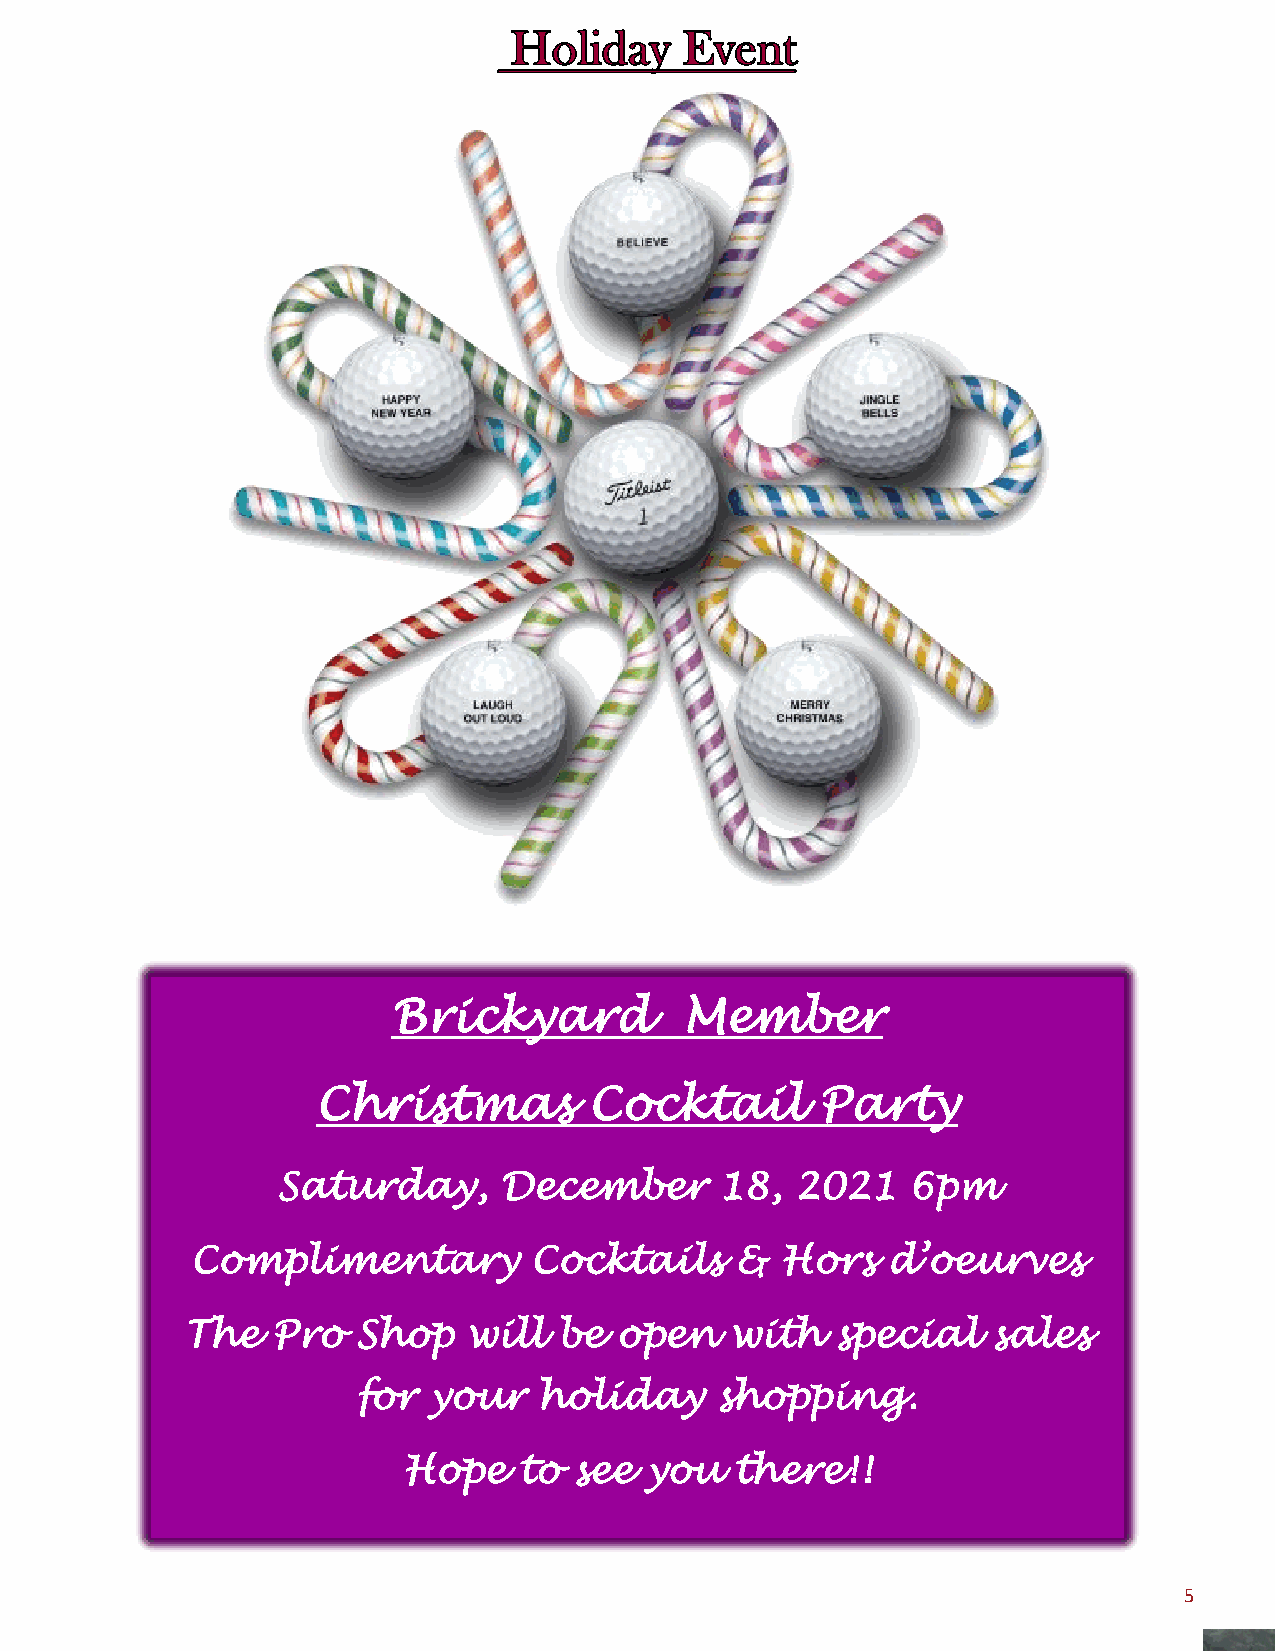
Brickyard          Member
 Christmas         Cocktail       Party
 Saturday,      December       18,  2021   6pm
 Complimentary         Cocktails     &  Hors   d’oeurves
 The   Pro   Shop   will  be  open   with   special    sales
 for your    holiday    shopping.
 Hope   to  see  you   there!!
 5